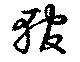
輨